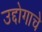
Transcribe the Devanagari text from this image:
उद्दोगाचे